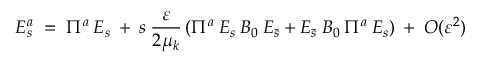
E _ { s } ^ { a } \; = \; \Pi ^ { a } \: E _ { s } \: + \: s \: \frac { \varepsilon } { 2 \mu _ { k } } \left( \Pi ^ { a } \: E _ { s } \: { \cal { B } } _ { 0 } \: E _ { \bar { s } } + E _ { \bar { s } } \: { \cal { B } } _ { 0 } \: \Pi ^ { a } \: E _ { s } \right) \: + \: { \cal { O } } ( \varepsilon ^ { 2 } )